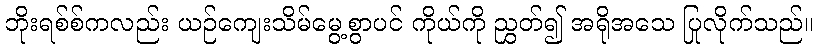
ဘိုးရစ်စ်ကလည်း ယဉ်ကျေးသိမ်မွေ့စွာပင် ကိုယ်ကို ညွှတ်၍ အရိုအသေ ပြုလိုက်သည်။